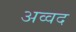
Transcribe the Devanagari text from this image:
अव्वद